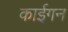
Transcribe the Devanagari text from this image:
काईगन